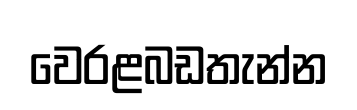
වෙරළබඩතැන්න